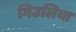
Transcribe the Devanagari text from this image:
गिउलिया